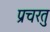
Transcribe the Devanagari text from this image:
प्रचरतु